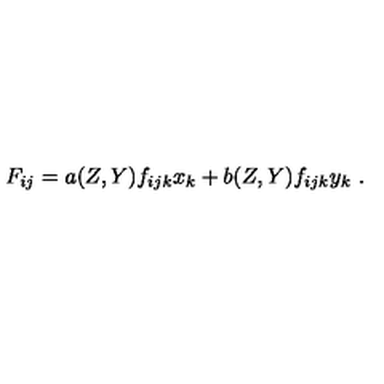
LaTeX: F _ { i j } = a ( Z , Y ) f _ { i j k } x _ { k } + b ( Z , Y ) f _ { i j k } y _ { k } \ .